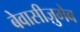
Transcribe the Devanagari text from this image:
बेवासीज़ुमेब